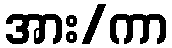
အား/ကာ